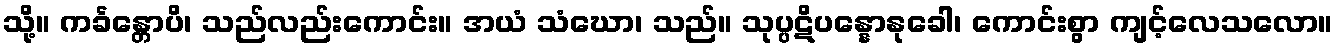
သို့။ ကင်္ခန္တောပိ၊ သည်လည်းကောင်း။ အယံ သံဃော၊ သည်။ သုပ္ပဋိပန္နောနုခေါ၊ ကောင်းစွာ ကျင့်လေသလော။